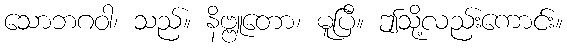
သောဘဂဝါ၊ သည်။ နိဗ္ဗူတော၊ မူပြီ။ ဤသို့လည်းကောင်း။